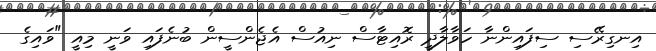
އިނގިރޭސި ސިފައިންނާ ހަވާލާދީ ރޮއިޓާސް ނިއުސް އެޖެންސީން ބުނެފައި ވަނީ މިއީ "ވައިގެ